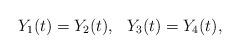
LaTeX: \begin{align*}Y_1(t) = Y_2(t),\ \ Y_3(t) = Y_4(t),\end{align*}